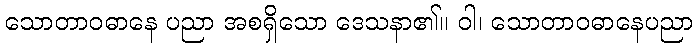
သောတာဝဓာနေ ပညာ အစရှိသော ဒေသနာ၏။ ဝါ၊ သောတာဝဓာနေပညာ